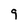
Character: 9